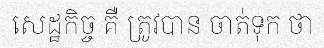
សេដ្ឋកិច្ច គឺ ត្រូវបាន ចាត់ទុក ថា